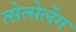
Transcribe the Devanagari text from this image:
त्सेत्सेर्लेग